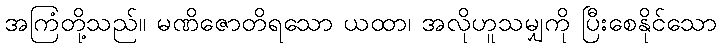
အကြံတို့သည်။ မဏိဇောတိရသော ယထာ၊ အလိုဟူသမျှကို ပြီးစေနိုင်သော